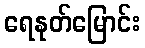
ရေနုတ်မြောင်း